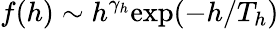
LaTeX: f(h)\sim h^{\gamma_{h}}\mathrm{exp}(-h/T_{h})